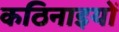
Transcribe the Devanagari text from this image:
कठिनाइयोें